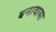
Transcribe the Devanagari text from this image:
बनावाया